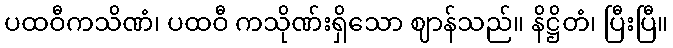
ပထဝီကသိဏံ၊ ပထဝီ ကသိုဏ်းရှိသော ဈာန်သည်။ နိဋ္ဌိတံ၊ ပြီးပြီ။